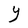
Character: Y